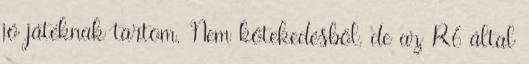
jó játéknak tartom. Nem kötekedésből, de az R6 által